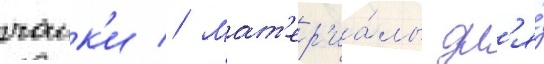
чаик'и // Мат'ер'иа́лы дл'я́